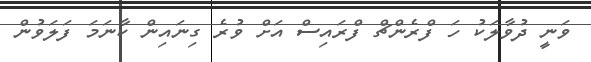
ވަނީ ދުވާލަކު ހަ ފްރެންޗް ފްރައިސް އަށް ވުރެ ގިނައިން ކާނަމަ ފަލަވުން